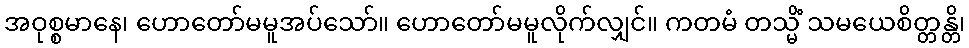
အဝုစ္စမာနေ၊ ဟောတော်မမူအပ်သော်။ ဟောတော်မမူလိုက်လျှင်။ ကတမံ တသ္မိံ သမယေစိတ္တန္တိ၊